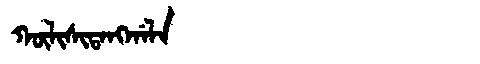
Manchu: ᡴᡡᠯᡳᠰᡳᡨᠠᠩᡤᠠᠯᠠ
Romanization: KŪLISITANGGALA